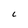
Character: C